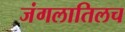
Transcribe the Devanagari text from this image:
जंगलातिलच